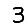
Digit: 3